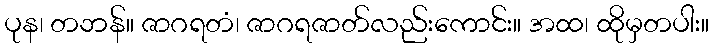
ပုန၊ တဘန်။ ဇာဂရတံ၊ ဇာဂရဇာတ်လည်းကောင်း။ အထ၊ ထိုမှတပါး။